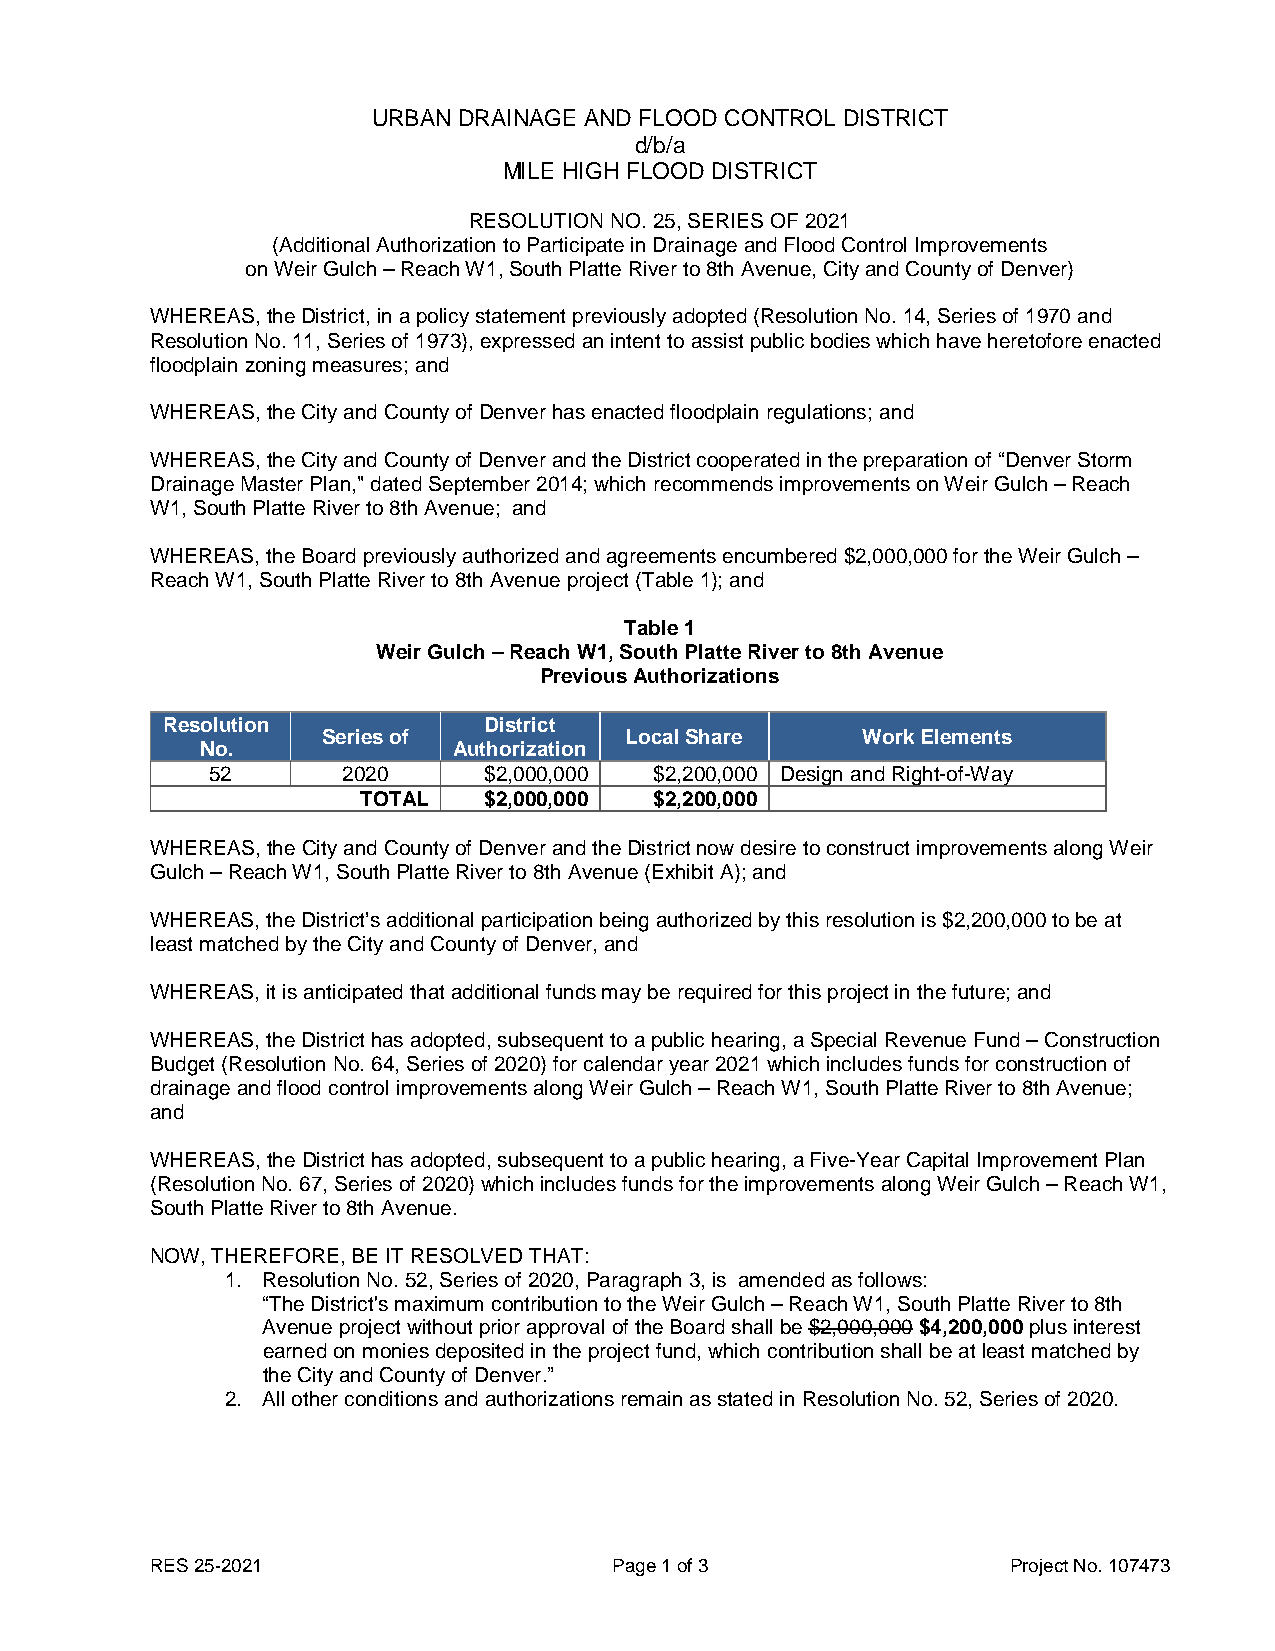
URBAN DRAINAGE AND FLOOD CONTROL DISTRICT
 d/b/a
 MILE HIGH FLOOD DISTRICT
 RESOLUTION NO. 25, SERIES OF 2021
 (Additional Authorization to Participate in Drainage and Flood Control Improvements
 on Weir Gulch – Reach W1, South Platte River to 8th Avenue, City and County of Denver)
 WHEREAS, the District, in a policy statement previously adopted (Resolution No. 14, Series of 1970 and
 Resolution No. 11, Series of 1973), expressed an intent to assist public bodies which have heretofore enacted
 floodplain zoning measures; and
 WHEREAS, the City and County of Denver has enacted floodplain regulations; and
 WHEREAS, the City and County of Denver and the District cooperated in the preparation of “Denver Storm
 Drainage Master Plan," dated September 2014; which recommends improvements on Weir Gulch – Reach
 W1, South Platte River to 8th Avenue; and
 WHEREAS, the Board previously authorized and agreements encumbered $2,000,000 for the Weir Gulch –
 Reach W1, South Platte River to 8th Avenue project (Table 1); and
 Table 1
 Weir Gulch – Reach W1, South Platte River to 8th Avenue
 Previous Authorizations
 Resolution           District
 Series of           Local Share     Work Elements
 No.              Authorization
 52       2020     $2,000,000 $2,200,000 Design and Right-of-Way
 TOTAL   $2,000,000 $2,200,000
 WHEREAS, the City and County of Denver and the District now desire to construct improvements along Weir
 Gulch – Reach W1, South Platte River to 8th Avenue (Exhibit A); and
 WHEREAS, the District’s additional participation being authorized by this resolution is $2,200,000 to be at
 least matched by the City and County of Denver, and
 WHEREAS, it is anticipated that additional funds may be required for this project in the future; and
 WHEREAS, the District has adopted, subsequent to a public hearing, a Special Revenue Fund – Construction
 Budget (Resolution No. 64, Series of 2020) for calendar year 2021 which includes funds for construction of
 drainage and flood control improvements along Weir Gulch – Reach W1, South Platte River to 8th Avenue;
 and
 WHEREAS, the District has adopted, subsequent to a public hearing, a Five-Year Capital Improvement Plan
 (Resolution No. 67, Series of 2020) which includes funds for the improvements along Weir Gulch – Reach W1,
 South Platte River to 8th Avenue.
 NOW, THEREFORE, BE IT RESOLVED THAT:
 1. Resolution No. 52, Series of 2020, Paragraph 3, is amended as follows:
 “The District's maximum contribution to the Weir Gulch – Reach W1, South Platte River to 8th
 Avenue project without prior approval of the Board shall be $2,000,000 $4,200,000 plus interest
 earned on monies deposited in the project fund, which contribution shall be at least matched by
 the City and County of Denver.”
 2. All other conditions and authorizations remain as stated in Resolution No. 52, Series of 2020.
 RES 25-2021                    Page 1 of 3               Project No. 107473